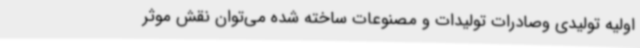
اولیه تولیدی وصادرات تولیدات و مصنوعات ساخته شده می‌توان نقش موثر